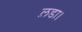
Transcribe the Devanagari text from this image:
ल़डा।